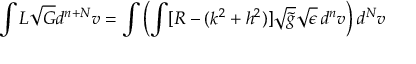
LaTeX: \int { \cal L } \sqrt { \cal G } d ^ { n + N } v = \int \left( \int [ R - ( k ^ { 2 } + h ^ { 2 } ) ] \sqrt { \tilde { g } } \sqrt { \epsilon } \, d ^ { n } v \right) d ^ { N } v